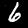
Label: 6